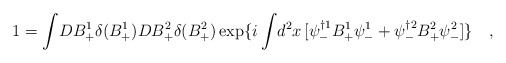
\begin{align*}1=\int \! D B_{+}^1 \delta(B_{+}^1)D B_{+}^2 \delta(B_{+}^2) \exp\{i \int \!d^2 x\,[ \psi_-^{\dagger 1} B_{+}^1\psi_-^1 + \psi_-^{\dagger 2} B_{+}^2\psi_-^2] \} \quad ,\end{align*}